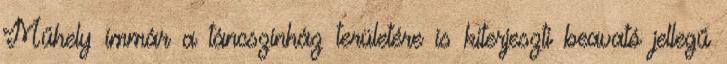
Műhely immár a táncszínház területére is kiterjeszti beavató jellegű